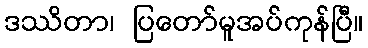
ဒဿိတာ၊ ပြတော်မူအပ်ကုန်ပြီ။